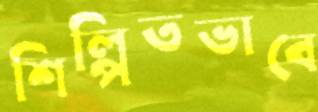
শিল্পিতভাবে